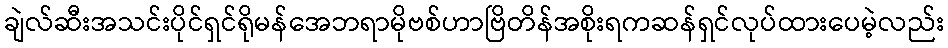
ချဲလ်ဆီးအသင်းပိုင်ရှင်ရိုမန်အေဘရာမိုဗစ်ဟာဗြိတိန်အစိုးရကဆန်ရှင်လုပ်ထားပေမဲ့လည်း